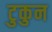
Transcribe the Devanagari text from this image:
टुकुन